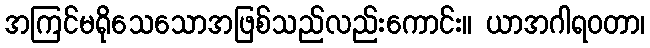
အကြင်မရိုသေသောအဖြစ်သည်လည်းကောင်း။ ယာအဂါရဝတာ၊